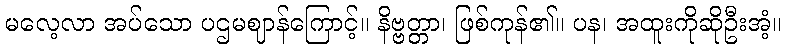
မလေ့လာ အပ်သော ပဌမဈာန်ကြောင့်။ နိဗ္ဗတ္တာ၊ ဖြစ်ကုန်၏။ ပန၊ အထူးကိုဆိုဦးအံ့။